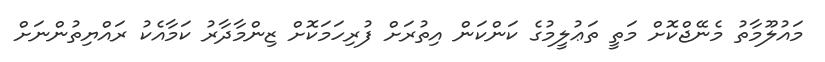
މައުލޫމާތު މެނޭޖްކޮށް މަތީ ތަޢުލީމުގެ ކަންކަން އިތުރަށް ފުރިހަމަކޮށް ޒިންމާދާރު ކަމާއެކު ރައްޔިތުންނަށް